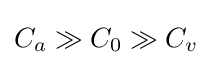
C_{a}\gg C_{0}\gg C_{v}